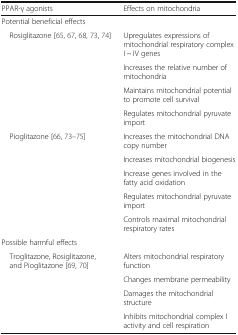
<table><thead><tr><td><b>PPAR-γ agonists</b></td><td><b>Effects on mitochondria</b></td></tr></thead><tbody><tr><td colspan="2">Potential beneficial effects</td></tr><tr><td rowspan="4"> Rosiglitazone [65, 67, 68, 73, 74]</td><td>Upregulates expressions of mitochondrial respiratory complex I ~ IV genes</td></tr><tr><td>Increases the relative number of mitochondria</td></tr><tr><td>Maintains mitochondrial potential to promote cell survival</td></tr><tr><td>Regulates mitochondrial pyruvate import</td></tr><tr><td rowspan="5"> Pioglitazone [66, 73–75]</td><td>Increases the mitochondrial DNA copy number</td></tr><tr><td>Increases mitochondrial biogenesis</td></tr><tr><td>Increase genes involved in the fatty acid oxidation</td></tr><tr><td>Regulates mitochondrial pyruvate import</td></tr><tr><td>Controls maximal mitochondrial respiratory rates</td></tr><tr><td colspan="2">Possible harmful effects</td></tr><tr><td rowspan="4"> Troglitazone, Rosiglitazone, and Pioglitazone [69, 70]</td><td>Alters mitochondrial respiratory function</td></tr><tr><td>Changes membrane permeability</td></tr><tr><td>Damages the mitochondrial structure</td></tr><tr><td>Inhibits mitochondrial complex I activity and cell respiration</td></tr></tbody></table>